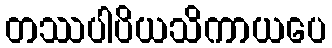
တဿပါပိယသိကာယပေ